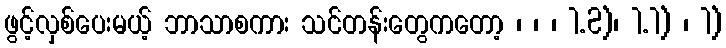
ဖွင့်လှစ်ပေးမယ့် ဘာသာစကား သင်တန်းတွေကတော့ ၊ ၊ ၊ 1.2)၊ 1.1) ၊ 1)